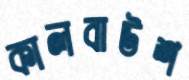
কালবাউশ